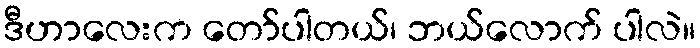
ဒီဟာလေးက တော်ပါတယ်၊ ဘယ်လောက် ပါလဲ။